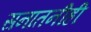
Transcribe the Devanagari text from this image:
सनातनीही